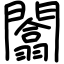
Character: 闟